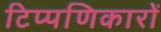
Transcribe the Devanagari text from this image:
टिप्पणिकारों